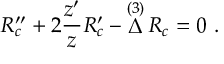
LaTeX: { \cal R } _ { c } ^ { \prime \prime } + 2 { \frac { z ^ { \prime } } { z } } { \cal R } _ { c } ^ { \prime } - \mathop \Delta ^ { ( 3 ) } { \cal R } _ { c } = 0 \ .